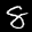
Digit: 8